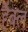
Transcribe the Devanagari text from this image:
हैंबल